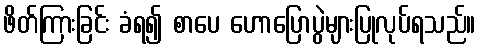
ဖိတ်ကြားခြင်း ခံရ၍ စာပေ ဟောပြောပွဲများပြုလုပ်ရသည်။